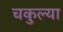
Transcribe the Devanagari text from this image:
चकुल्या